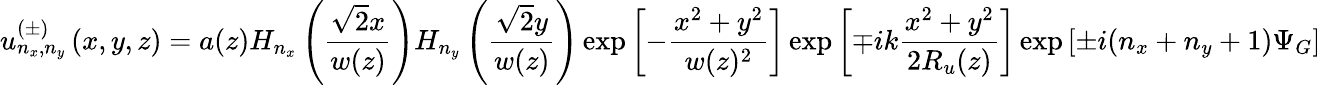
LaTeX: u_{n_{x},n_{y}}^{(\pm)}\left(x,y,z\right)=a(z)H_{n_{x}}\left(\frac{\sqrt{2}x}{w(z)}\right)H_{n_{y}}\left(\frac{\sqrt{2}y}{w(z)}\right)\exp\left[-\frac{x^{2}+y^{2}}{w(z)^{2}}\right]\exp\left[\mp ik\frac{x^{2}+y^{2}}{2R_{u}(z)}\right]\exp\left[\pm i(n_{x}+n_{y}+1)\Psi_{G}\right]